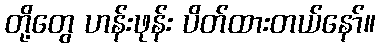
တို့တွေ ဟန်းဖုန်း ပိတ်ထားတယ်နော်။